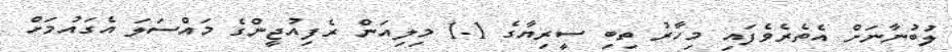
ލުބުނާނަށް އެތެރެވެފައި މިހާރު ތިބި ސީރިޔާގެ 1.1 މިލިއަން ރެފިއުޖީންގެ މައްސަލަ އެގައުމަށް